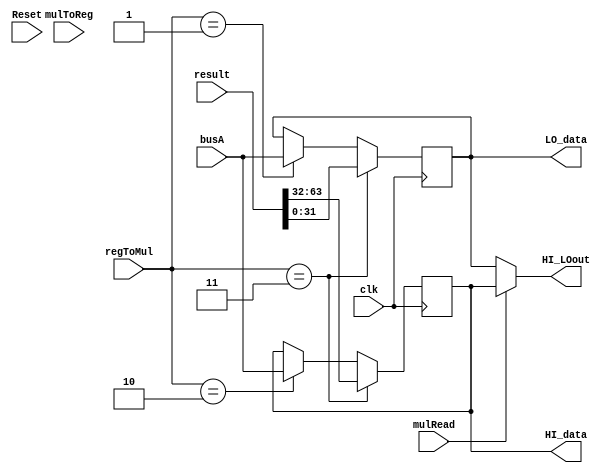
`timescale 1ns / 1ps
module HI_LO( clk,     regToMul,   mulToReg, mulRead, 
			  busA,    result,     HI_LOout,
			  HI_data, LO_data,    Reset
			);
	input Reset;
	input clk;
	input      [1:0]  regToMul;
	input             mulToReg;
	input             mulRead;
	input      [31:0] busA;
	input      [63:0] result;

	output reg [31:0] HI_LOout;

	reg [31:0] HI;
	reg [31:0] LO;

	//---{ISE}begin
	output reg [31:0] HI_data;
	output reg [31:0] LO_data;
	always @(*) begin
		HI_data <= HI;
		LO_data <= LO;
	end
	//---{ISE}end
	
	initial begin
		HI       = 32'd0;
		LO       = 32'd0;
		HI_LOout = 32'd0;
	end


	/*always @(posedge clk) begin
		if(Reset) begin
			HI       <= 32'd0;
			LO       <= 32'd0;
			HI_LOout <= 32'd0;			
		end

	end*/
	//------------{HI_LO}begin
	always @(*)begin
		HI_LOout <= (mulRead == 1) ? HI : LO;
	end
	
	//------------{HI_LO}end


	//------------{HI_LO}begin
	always @(posedge clk) begin 
		//****MTLO*******//
		if (regToMul == 2'b01) LO <= busA;
		//****MTHI*******//
		if (regToMul == 2'b10) HI <= busA;
		//****MULT*******//
		if (regToMul == 2'b11) {HI, LO} <= result;

		$display("HI is %h",HI);
		$display("LO is %h",LO);
	end	
	//------------{HI_LO}end	
endmodule